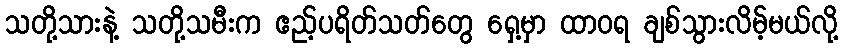
သတို့သားနဲ့ သတို့သမီးက ဧည့်ပရိတ်သတ်တွေ ရှေ့မှာ ထာဝရ ချစ်သွားလိမ့်မယ်လို့